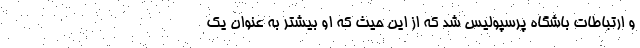
و ارتباطات باشگاه پرسپولیس شد که از این حیث که او بیشتر به عنوان یک